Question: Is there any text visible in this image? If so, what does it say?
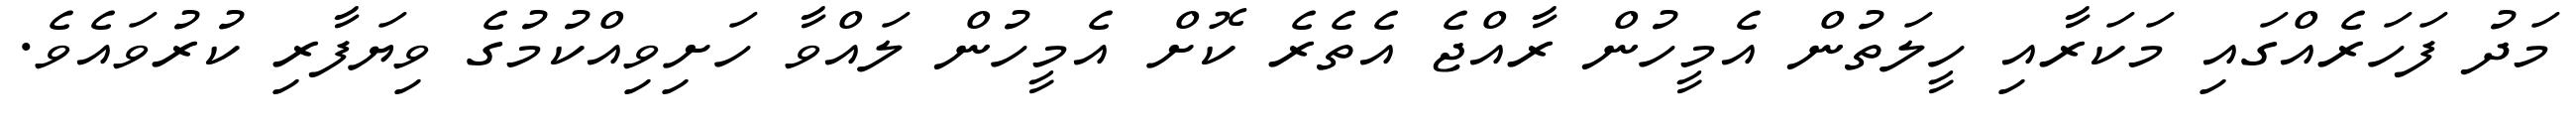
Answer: މަދު ފަހަރެއްގައި މަކަރާއި ހީލަތުން އެމީހުން ރާއްޖެ އެތެރެ ކޮށް އެމީހުން ލައްވާ ހަށިވިއްކުމުގެ ވިޔަފާރި ކުރުވައެވެ.